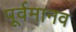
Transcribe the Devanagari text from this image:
पूर्वमानव